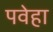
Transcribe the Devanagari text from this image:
पवेहा